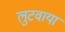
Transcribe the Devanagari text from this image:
लुटवाया